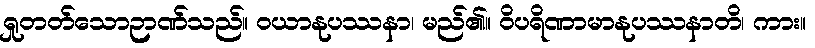
ရှုတတ်သောဉာဏ်သည်။ ဝယာနုပဿနာ၊ မည်၏။ ဝိပရိဏာမာနုပဿနာတိ၊ ကား။